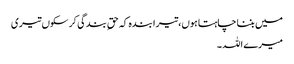
میں بننا چاہتا ہوں،تیرا بندہ کہ حقِ بندگی کر سکوں تیری
میرے اللہ ۔